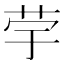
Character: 𦭨